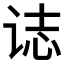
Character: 𰵧